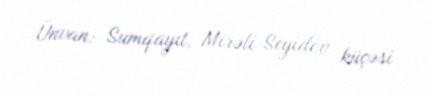
Ünvan: Sumqayıt, Mirəli Seyidov küçəsi